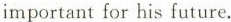
important for his future.